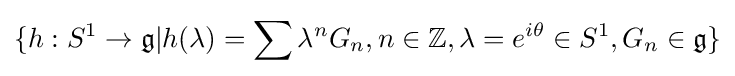
\{h:S^{1}\to {\mathfrak {g}}|h(\lambda )=\sum \lambda ^{n}G_{n},n\in \mathbb {Z} ,\lambda =e^{i\theta }\in S^{1},G_{n}\in {\mathfrak {g}}\}